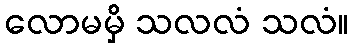
လောမမှိ သလလံ သလံ။